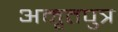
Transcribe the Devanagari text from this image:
अमृतपुत्र